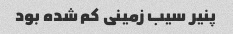
پنیر سیب زمینی کم شده بود